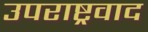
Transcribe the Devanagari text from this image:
उपराष्ट्रवाद